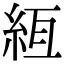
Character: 絚